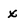
Character: x